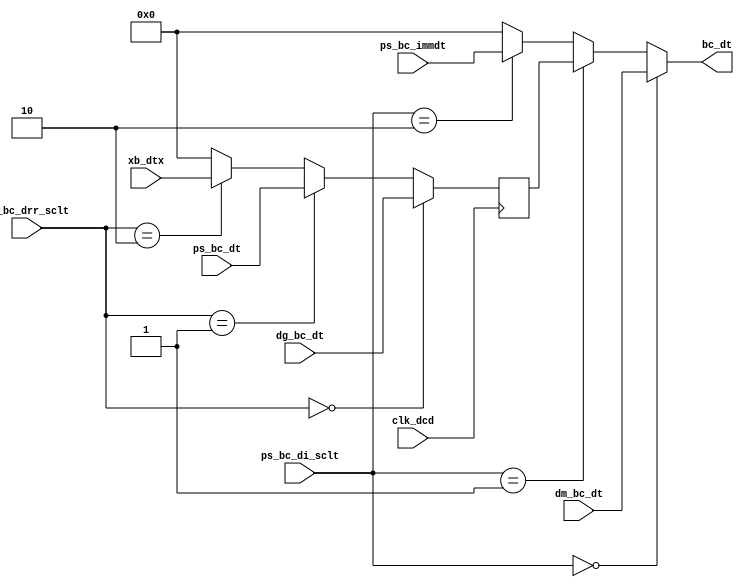
module BC_top(clk_dcd, 
			ps_bc_drr_sclt, ps_bc_di_sclt, 
			dm_bc_dt, dg_bc_dt, ps_bc_dt, 
			xb_dtx, ps_bc_immdt, 
			bc_dt);

input clk_dcd;
input[1:0] ps_bc_drr_sclt,ps_bc_di_sclt;
input[15:0] dm_bc_dt, dg_bc_dt, ps_bc_dt, xb_dtx, ps_bc_immdt;
output[15:0] bc_dt;

  
reg[15:0] ps_bc_drr_dt,bc_pdrdt;
reg[15:0] bc_dt;

always @(*) begin

	if(ps_bc_drr_sclt== 2'b0)
		ps_bc_drr_dt= dg_bc_dt;
	else if(ps_bc_drr_sclt== 2'b01)
		ps_bc_drr_dt= ps_bc_dt;
	else if(ps_bc_drr_sclt== 2'b10)
		ps_bc_drr_dt= xb_dtx;
	else
		ps_bc_drr_dt= 16'b0;

end

always @ (posedge clk_dcd) begin

	bc_pdrdt<= ps_bc_drr_dt;

end
always @(*) begin
	
	if(ps_bc_di_sclt[1:0]== 2'b0)
		bc_dt= dm_bc_dt;
	else if(ps_bc_di_sclt[1:0]== 2'b01)
		bc_dt= bc_pdrdt;
	else if(ps_bc_di_sclt[1:0]== 2'b10)
		bc_dt= ps_bc_immdt;
	else
		bc_dt= 16'b0;

end

endmodule